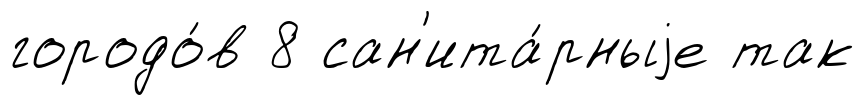
городо́в 8 сан'ита́рныjе так